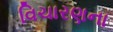
વિચારણના